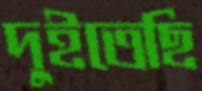
দুইতেছি